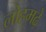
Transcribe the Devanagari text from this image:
लोहमढ़े